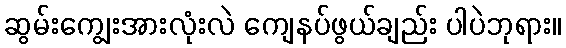
ဆွမ်းကျွေးအားလုံးလဲ ကျေနပ်ဖွယ်ချည်း ပါပဲဘုရား။